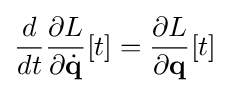
{\frac {d}{dt}}{\frac {\partial L}{\partial {\dot {\mathbf {q} }}}}[t]={\frac {\partial L}{\partial \mathbf {q} }}[t]